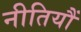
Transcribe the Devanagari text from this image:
नीतियौं